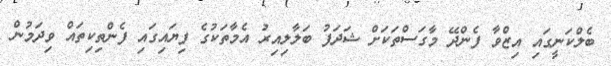
ބެލްކަނީގައި އިޒްވާ ފެންދޭ މާގަސްތަކަށް ޝަދަފު ބަލާލިއިރު އެމާތަކުގެ ފިޔައިގައި ފެންތިކިތައް ވިދަމުން